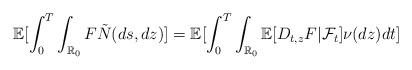
LaTeX: \begin{align*} \mathbb{E}[\int_0^T\int_{\mathbb{R}_0}F\tilde{N}(ds,dz)]=\mathbb{E}[\int_0^T\int_{\mathbb{R}_0}\mathbb{E}[D_{t,z}F|\mathcal{F}_t]\nu(dz)dt]\end{align*}